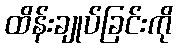
ထိန်းချုပ်ခြင်းကို